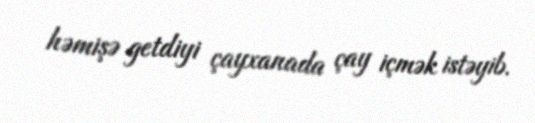
həmişə getdiyi çayxanada çay içmək istəyib.